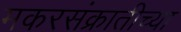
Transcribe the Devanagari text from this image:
मकरसंक्रातीच्या